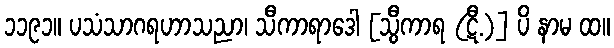
၁၁၉၁။ ပသံသာဂရဟာသညာ၊ သီကာရာဒေါ [သွီကာရ (ဋီ.)] ပိ နာမ ထ။